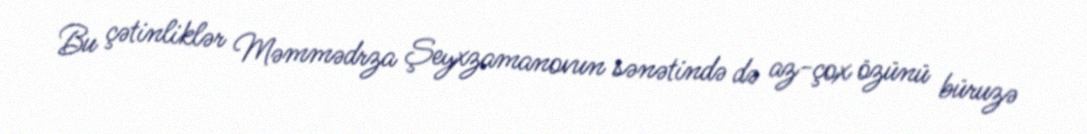
Bu çətinliklər Məmmədrza Şeyxzamanovun sənətində də az-çox özünü büruzə